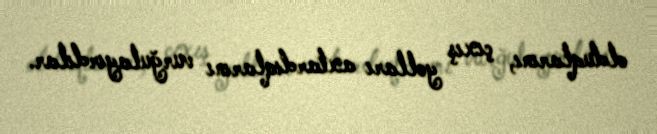
olduqlarını, çıxış yolları axtardıqlarını vurğulayırdılar.